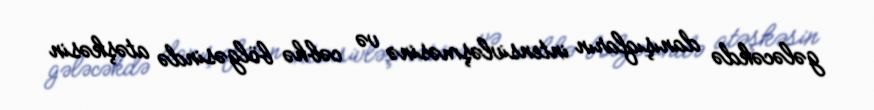
gələcəkdə danışıqların intensivləşməsinə və cəbhə bölgəsində atəşkəsin